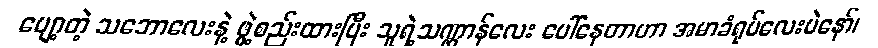
ပျော့တဲ့ သဘောလေးနဲ့ ဖွဲ့စည်းထားပြီး သူရဲ့သဏ္ဌာန်လေး ပေါ်နေတာဟာ အမာခံရုပ်လေးပဲနော်၊